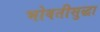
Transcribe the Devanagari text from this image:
भोवतीसुद्धा